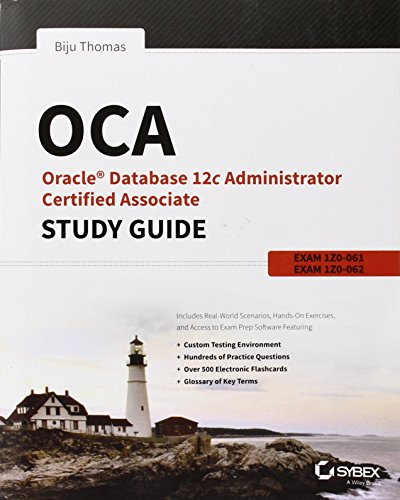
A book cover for OCA: Oracle Database 12c Administrator Certified Associate Study Guide: Exams 1Z0-061 and 1Z0-062; Biju Thomas; Computers & Technology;